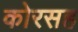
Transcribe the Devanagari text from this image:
कोरसह